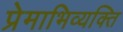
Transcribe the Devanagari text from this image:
प्रेमाभिव्यक्ति